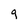
Character: g